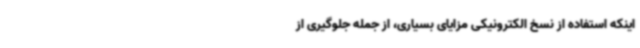
اینکه استفاده از نسخ الکترونیکی مزایای بسیاری، از جمله جلوگیری از